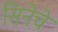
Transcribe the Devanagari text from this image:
सिनेचे